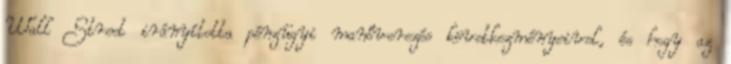
Wall Street irányította pénzügyi manőverezés következményeivel, és hogy az